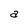
Character: a